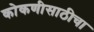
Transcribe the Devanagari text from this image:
कोकणीसाठीचा